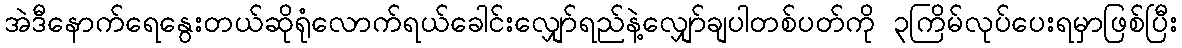
အဲဒီနောက်ရေနွေးတယ်ဆိုရုံလောက်ရယ်ခေါင်းလျှော်ရည်နဲ့လျှော်ချပါတစ်ပတ်ကို ၃ကြိမ်လုပ်ပေးရမှာဖြစ်ပြီး